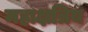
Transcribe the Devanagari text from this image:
महाक्षत्रिय